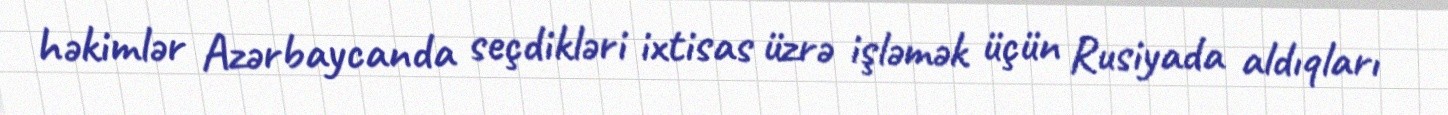
həkimlər Azərbaycanda seçdikləri ixtisas üzrə işləmək üçün Rusiyada aldıqları